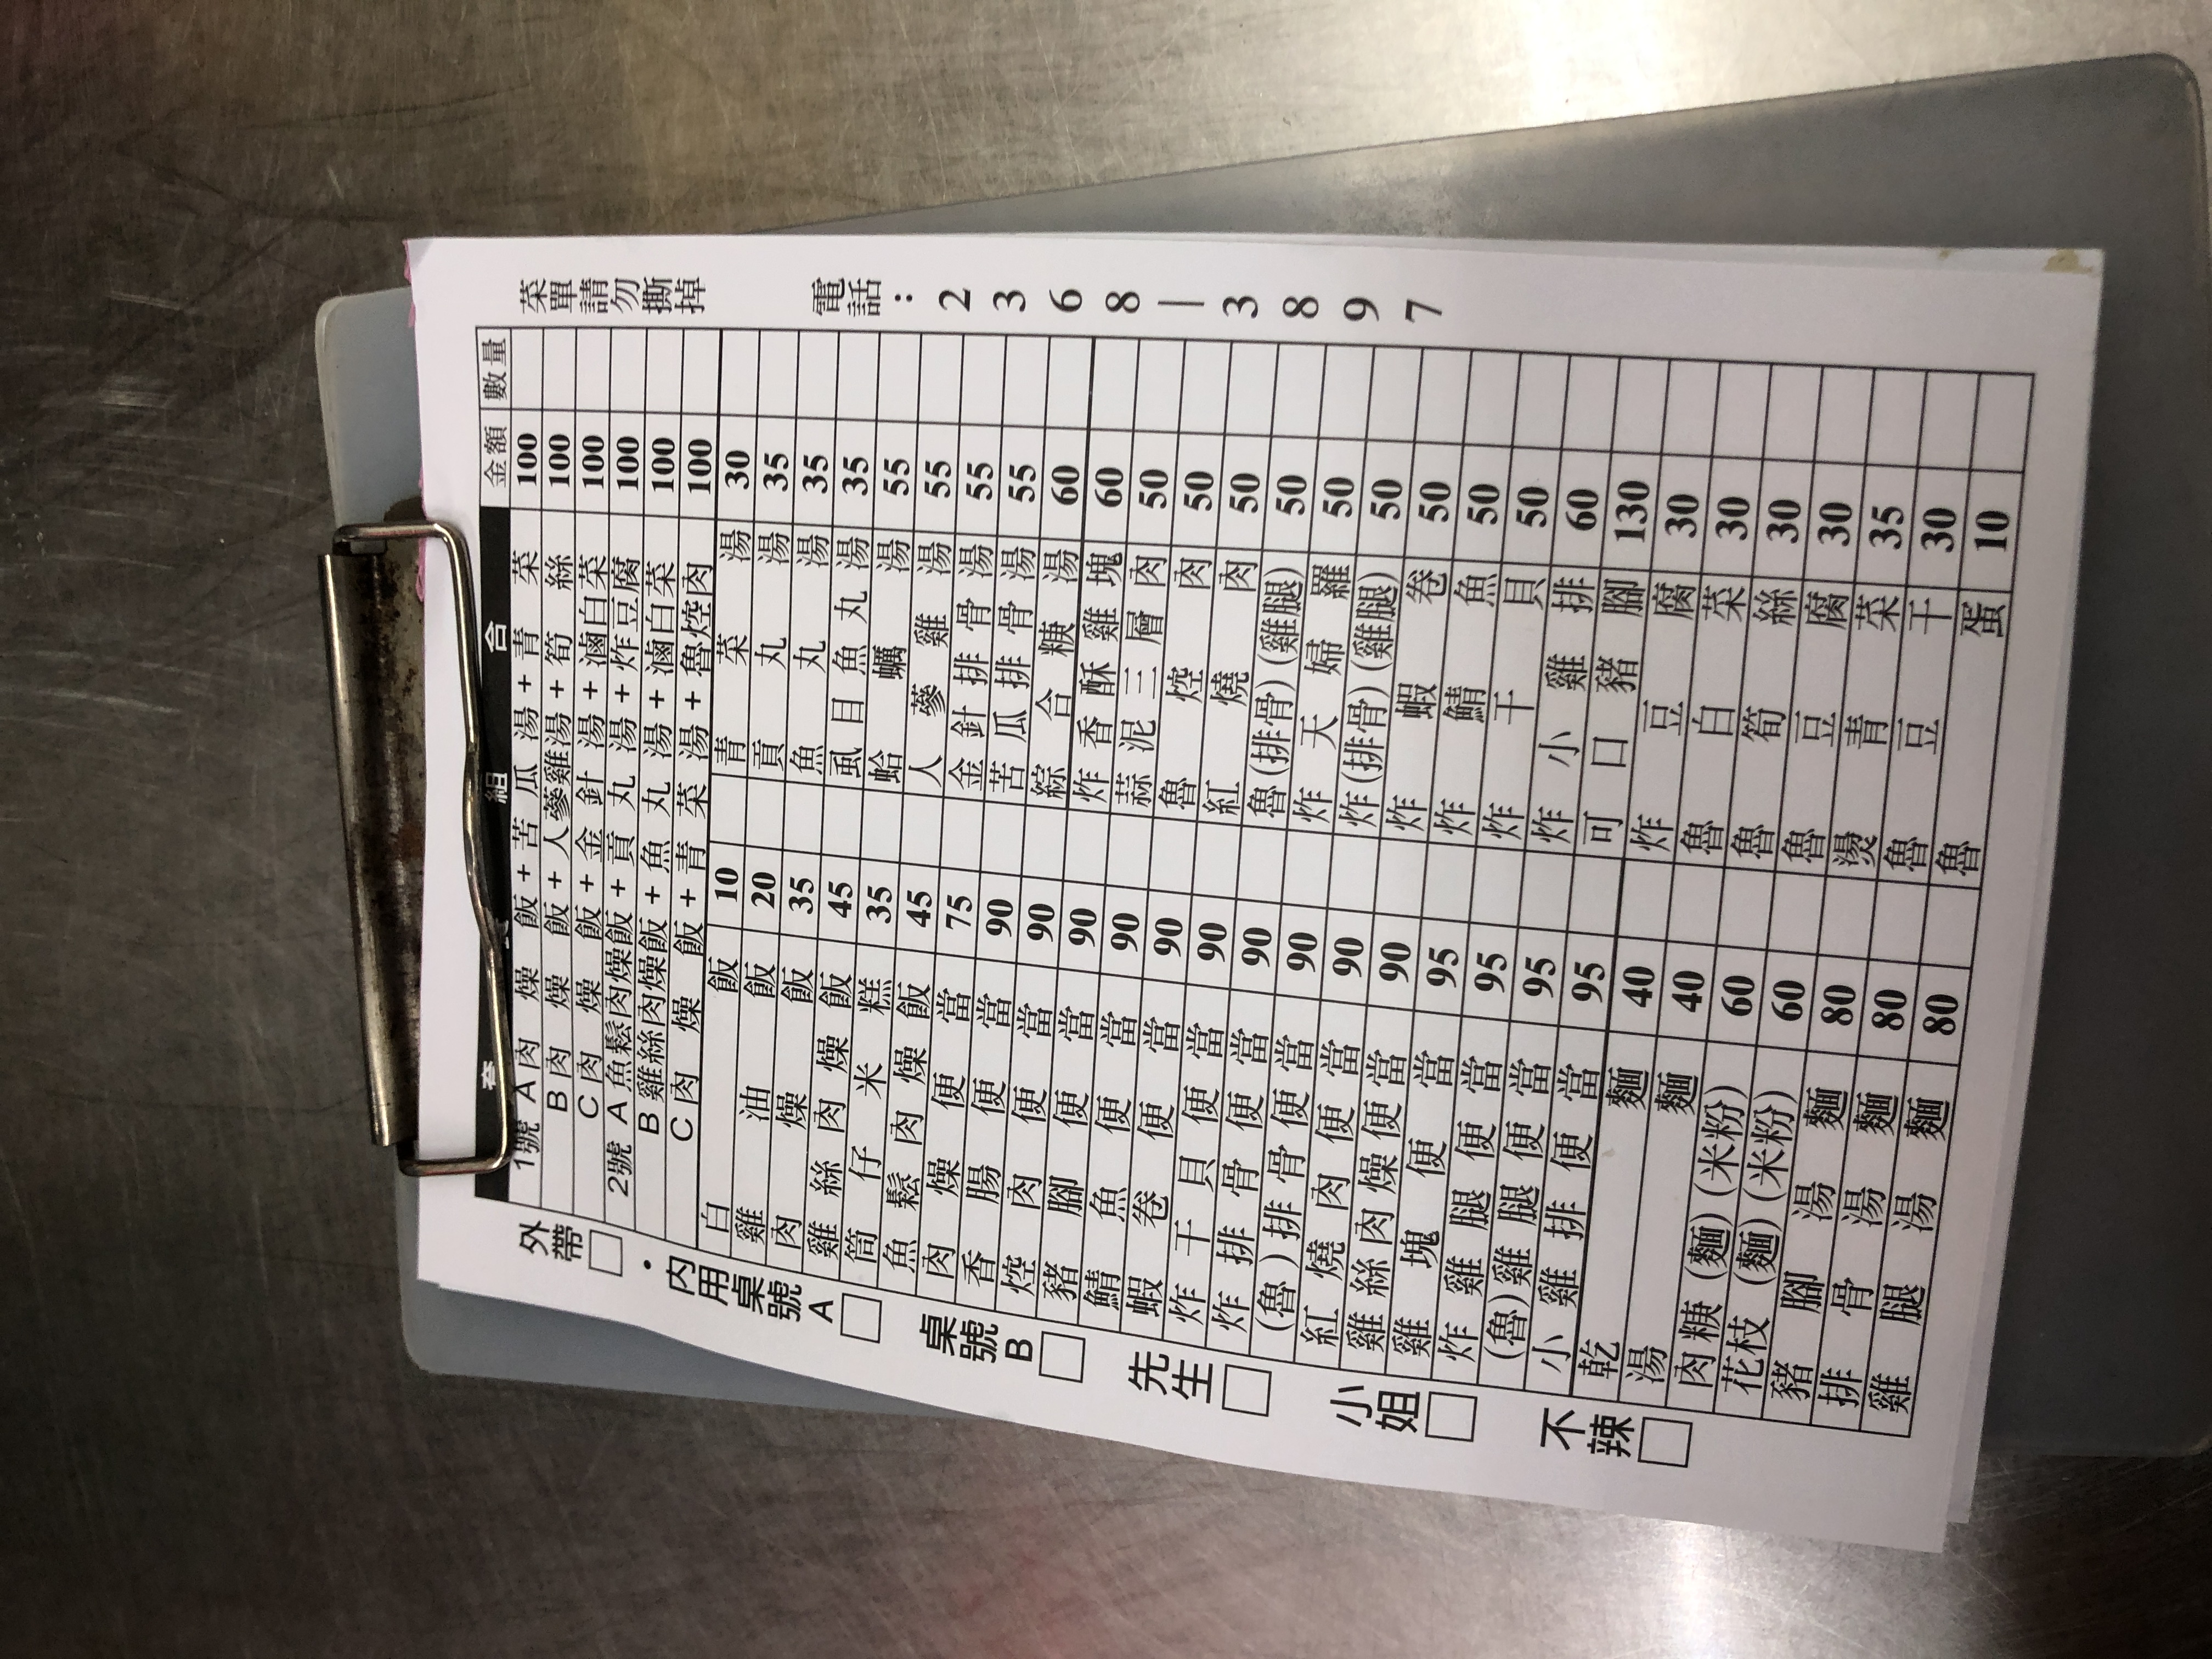
電話：236138897
菜單：
name: 1號 A 餐 肉羹麵飯 + 滷蛋 + 青菜 + 筍絲
price: 100
name: 2號 B 餐 魚鬆肉燥飯 + 貢丸湯 + 滷白菜
price: 100
name: C 餐 雞絲肉燥飯 + 貢丸湯 + 滷白菜
price: 100
name: D 餐 魚鬆肉燥飯 + 貢丸湯 + 滷白菜
price: 100
name: E 餐 雞絲肉燥飯 + 貢丸湯 + 滷白菜
price: 100
name: 油豆腐
price: 10
name: 貢丸
price: 20
name: 魚丸
price: 35
name: 虱目魚丸
price: 45
name: 蛤蜊
price: 35
name: 鱸魚
price: 45
name: 爌肉飯
price: 75
name: 魯肉飯
price: 90
name: 豬腳飯
price: 90
name: 炸排骨便當
price: 90
name: 紅燒肉便當
price: 90
name: 爌肉便當
price: 90
name: 魯(排骨)便當
price: 90
name: 炸(雞腿)便當
price: 90
name: 炸雞腿便當
price: 90
name: 炸蝦便當
price: 95
name: 炸魚便當
price: 95
name: 炸排骨便當
price: 95
name: 可樂
price: 40
name: 麵
price: 30
name: 冬粉
price: 30
name: 豆腐
price: 30
name: 青菜
price: 30
name: 筍絲
price: 35
name: 豆皮
price: 30
name: 滷蛋
price: 10
name: 魯麵
price: 60
name: 魯麵 (米粉)
price: 60
name: 花枝羹
price: 80
name: 豬腳湯
price: 80
name: 排骨湯
price: 80
name: 雞腿湯
price: 80